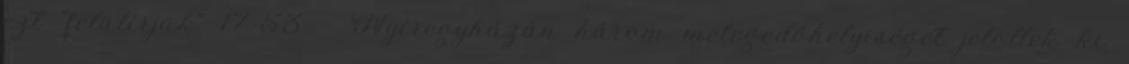
ezt "felülírják" 17:53 - Nyíregyházán három melegedőhelyiséget jelöltek ki